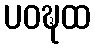
ပဝဍ္ဎထ